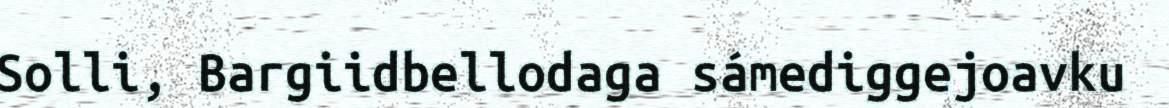
Solli, Bargiidbellodaga sámediggejoavku